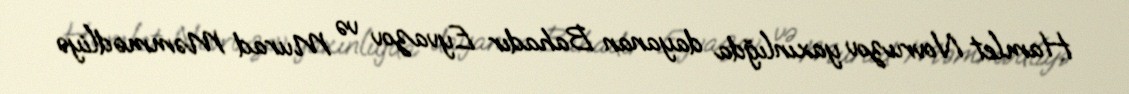
Hamlet Novruzov yaxınlığda dayanan Bahadır Eyvazov və Murad Məmmədliyə